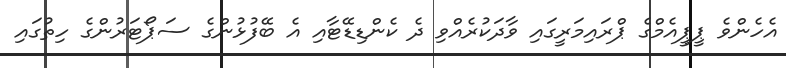
އެހެންވެ ޕީޕީއެމްގެ ޕްރައިމަރީގައި ވާދަކުރެއްވި ދެ ކެންޑިޑޭޓާއި އެ ބޭފުޅުންގެ ސަޕޯޓަރުންގެ ހިތުގައި